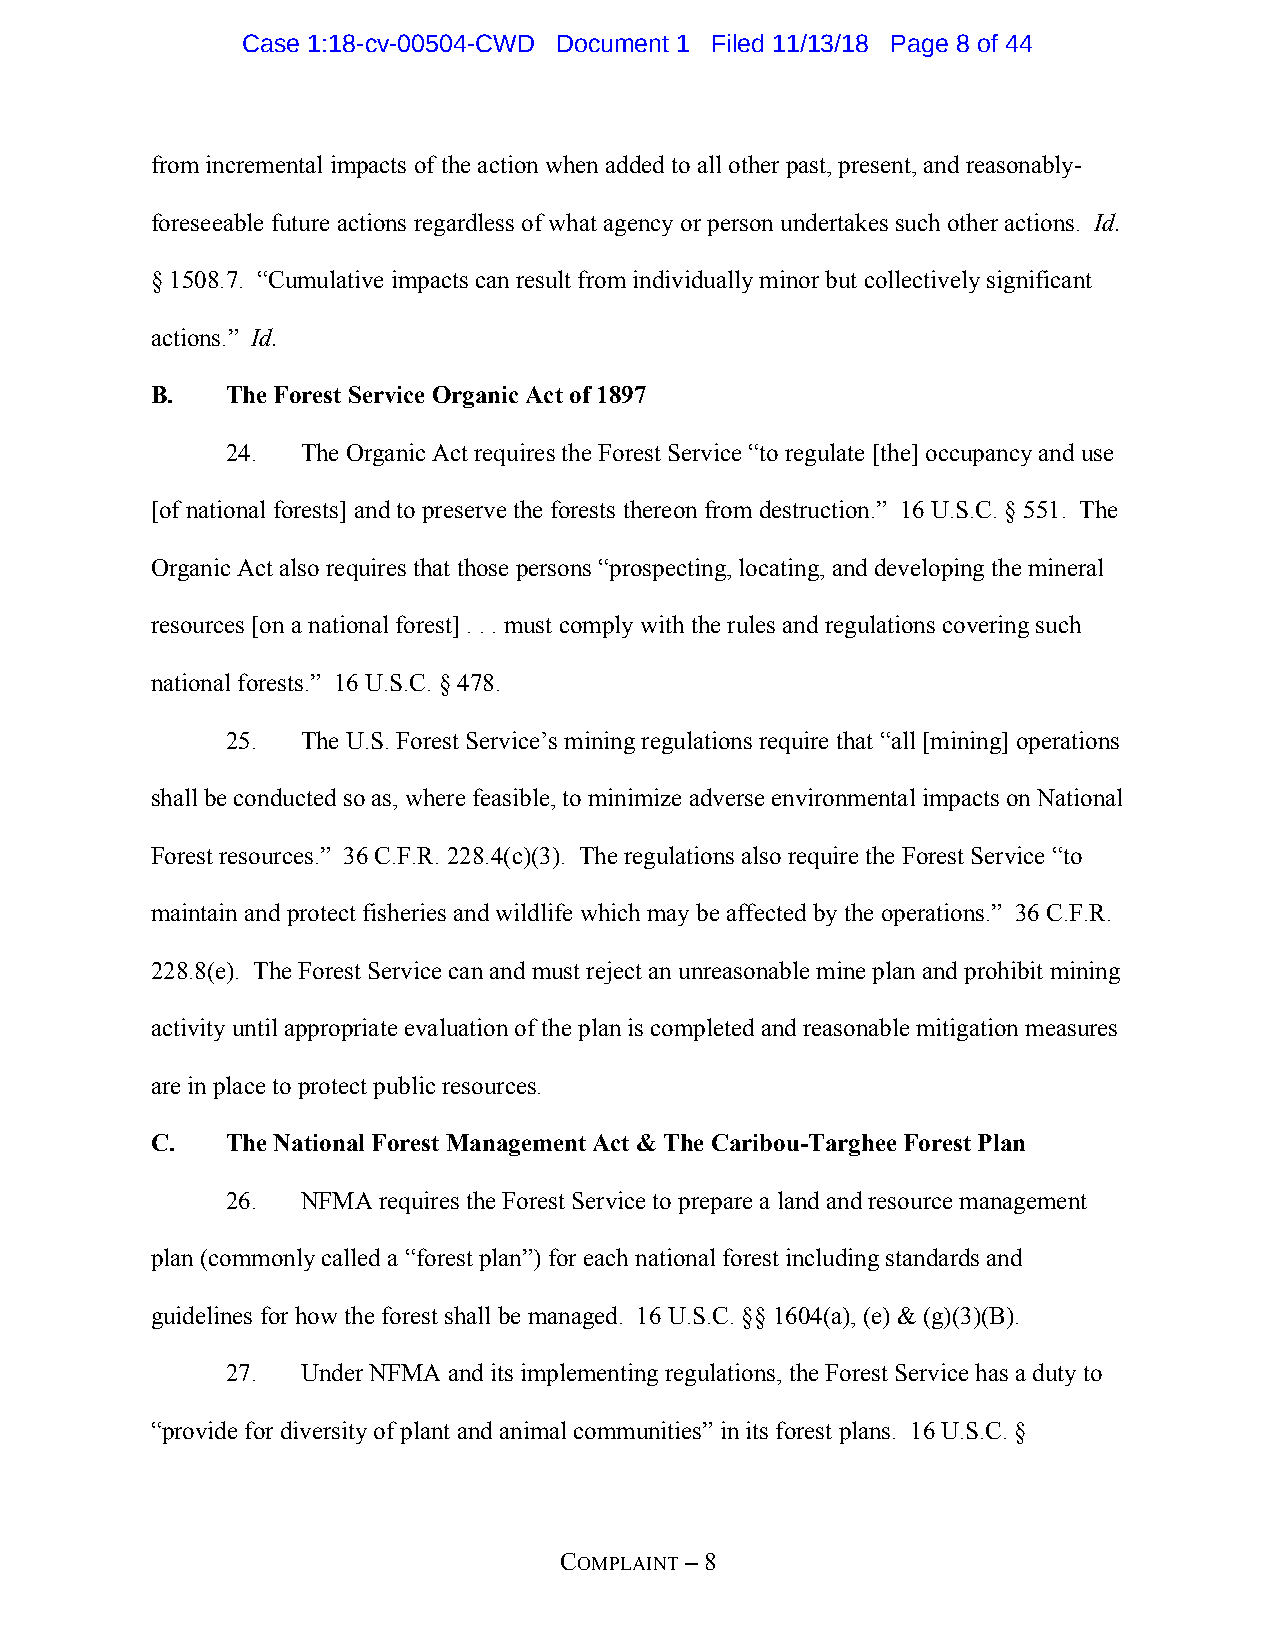
Case 1:18-cv-00504-CWD Document 1 Filed 11/13/18 Page 8 of 44
 from incremental impacts of the action when added to all other past, present, and reasonably-
 foreseeable future actions regardless of what agency or person undertakes such other actions. Id.
 § 1508.7. “Cumulative impacts can result from individually minor but collectively significant
 actions.” Id.
 B.   The Forest Service Organic Act of 1897
 24.  The Organic Act requires the Forest Service “to regulate [the] occupancy and use
 [of national forests] and to preserve the forests thereon from destruction.” 16 U.S.C. § 551. The
 Organic Act also requires that those persons “prospecting, locating, and developing the mineral
 resources [on a national forest] . . . must comply with the rules and regulations covering such
 national forests.” 16 U.S.C. § 478.
 25.  The U.S. Forest Service’s mining regulations require that “all [mining] operations
 shall be conducted so as, where feasible, to minimize adverse environmental impacts on National
 Forest resources.” 36 C.F.R. 228.4(c)(3). The regulations also require the Forest Service “to
 maintain and protect fisheries and wildlife which may be affected by the operations.” 36 C.F.R.
 228.8(e). The Forest Service can and must reject an unreasonable mine plan and prohibit mining
 activity until appropriate evaluation of the plan is completed and reasonable mitigation measures
 are in place to protect public resources.
 C.   The National Forest Management Act & The Caribou-Targhee Forest Plan
 26.  NFMA requires the Forest Service to prepare a land and resource management
 plan (commonly called a “forest plan”) for each national forest including standards and
 guidelines for how the forest shall be managed. 16 U.S.C. §§ 1604(a), (e) & (g)(3)(B).
 27.  Under NFMA and its implementing regulations, the Forest Service has a duty to
 “provide for diversity of plant and animal communities” in its forest plans. 16 U.S.C. §
 COMPLAINT – 8